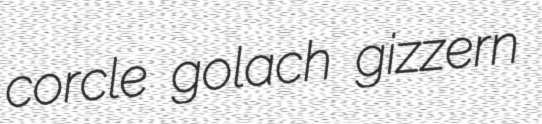
corcle golach gizzern